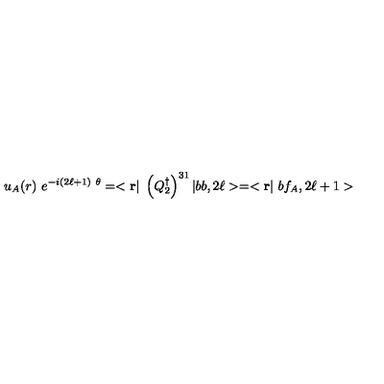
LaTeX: u _ { A } ( { r } ) \ e ^ { - i ( 2 \ell + 1 ) \ \theta } = < { \bf r } | \ \left( Q _ { 2 } ^ { \dagger } \right) ^ { 3 1 } | b b , 2 \ell > = < { \bf r } | \ b f _ { A } , 2 \ell + 1 >